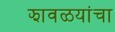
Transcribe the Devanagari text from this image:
झावळयांचा